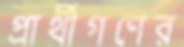
প্রার্থীগণের